65_HS1-834228961_62-HQ-83894_Section_6
Agency: FBI
Page 240
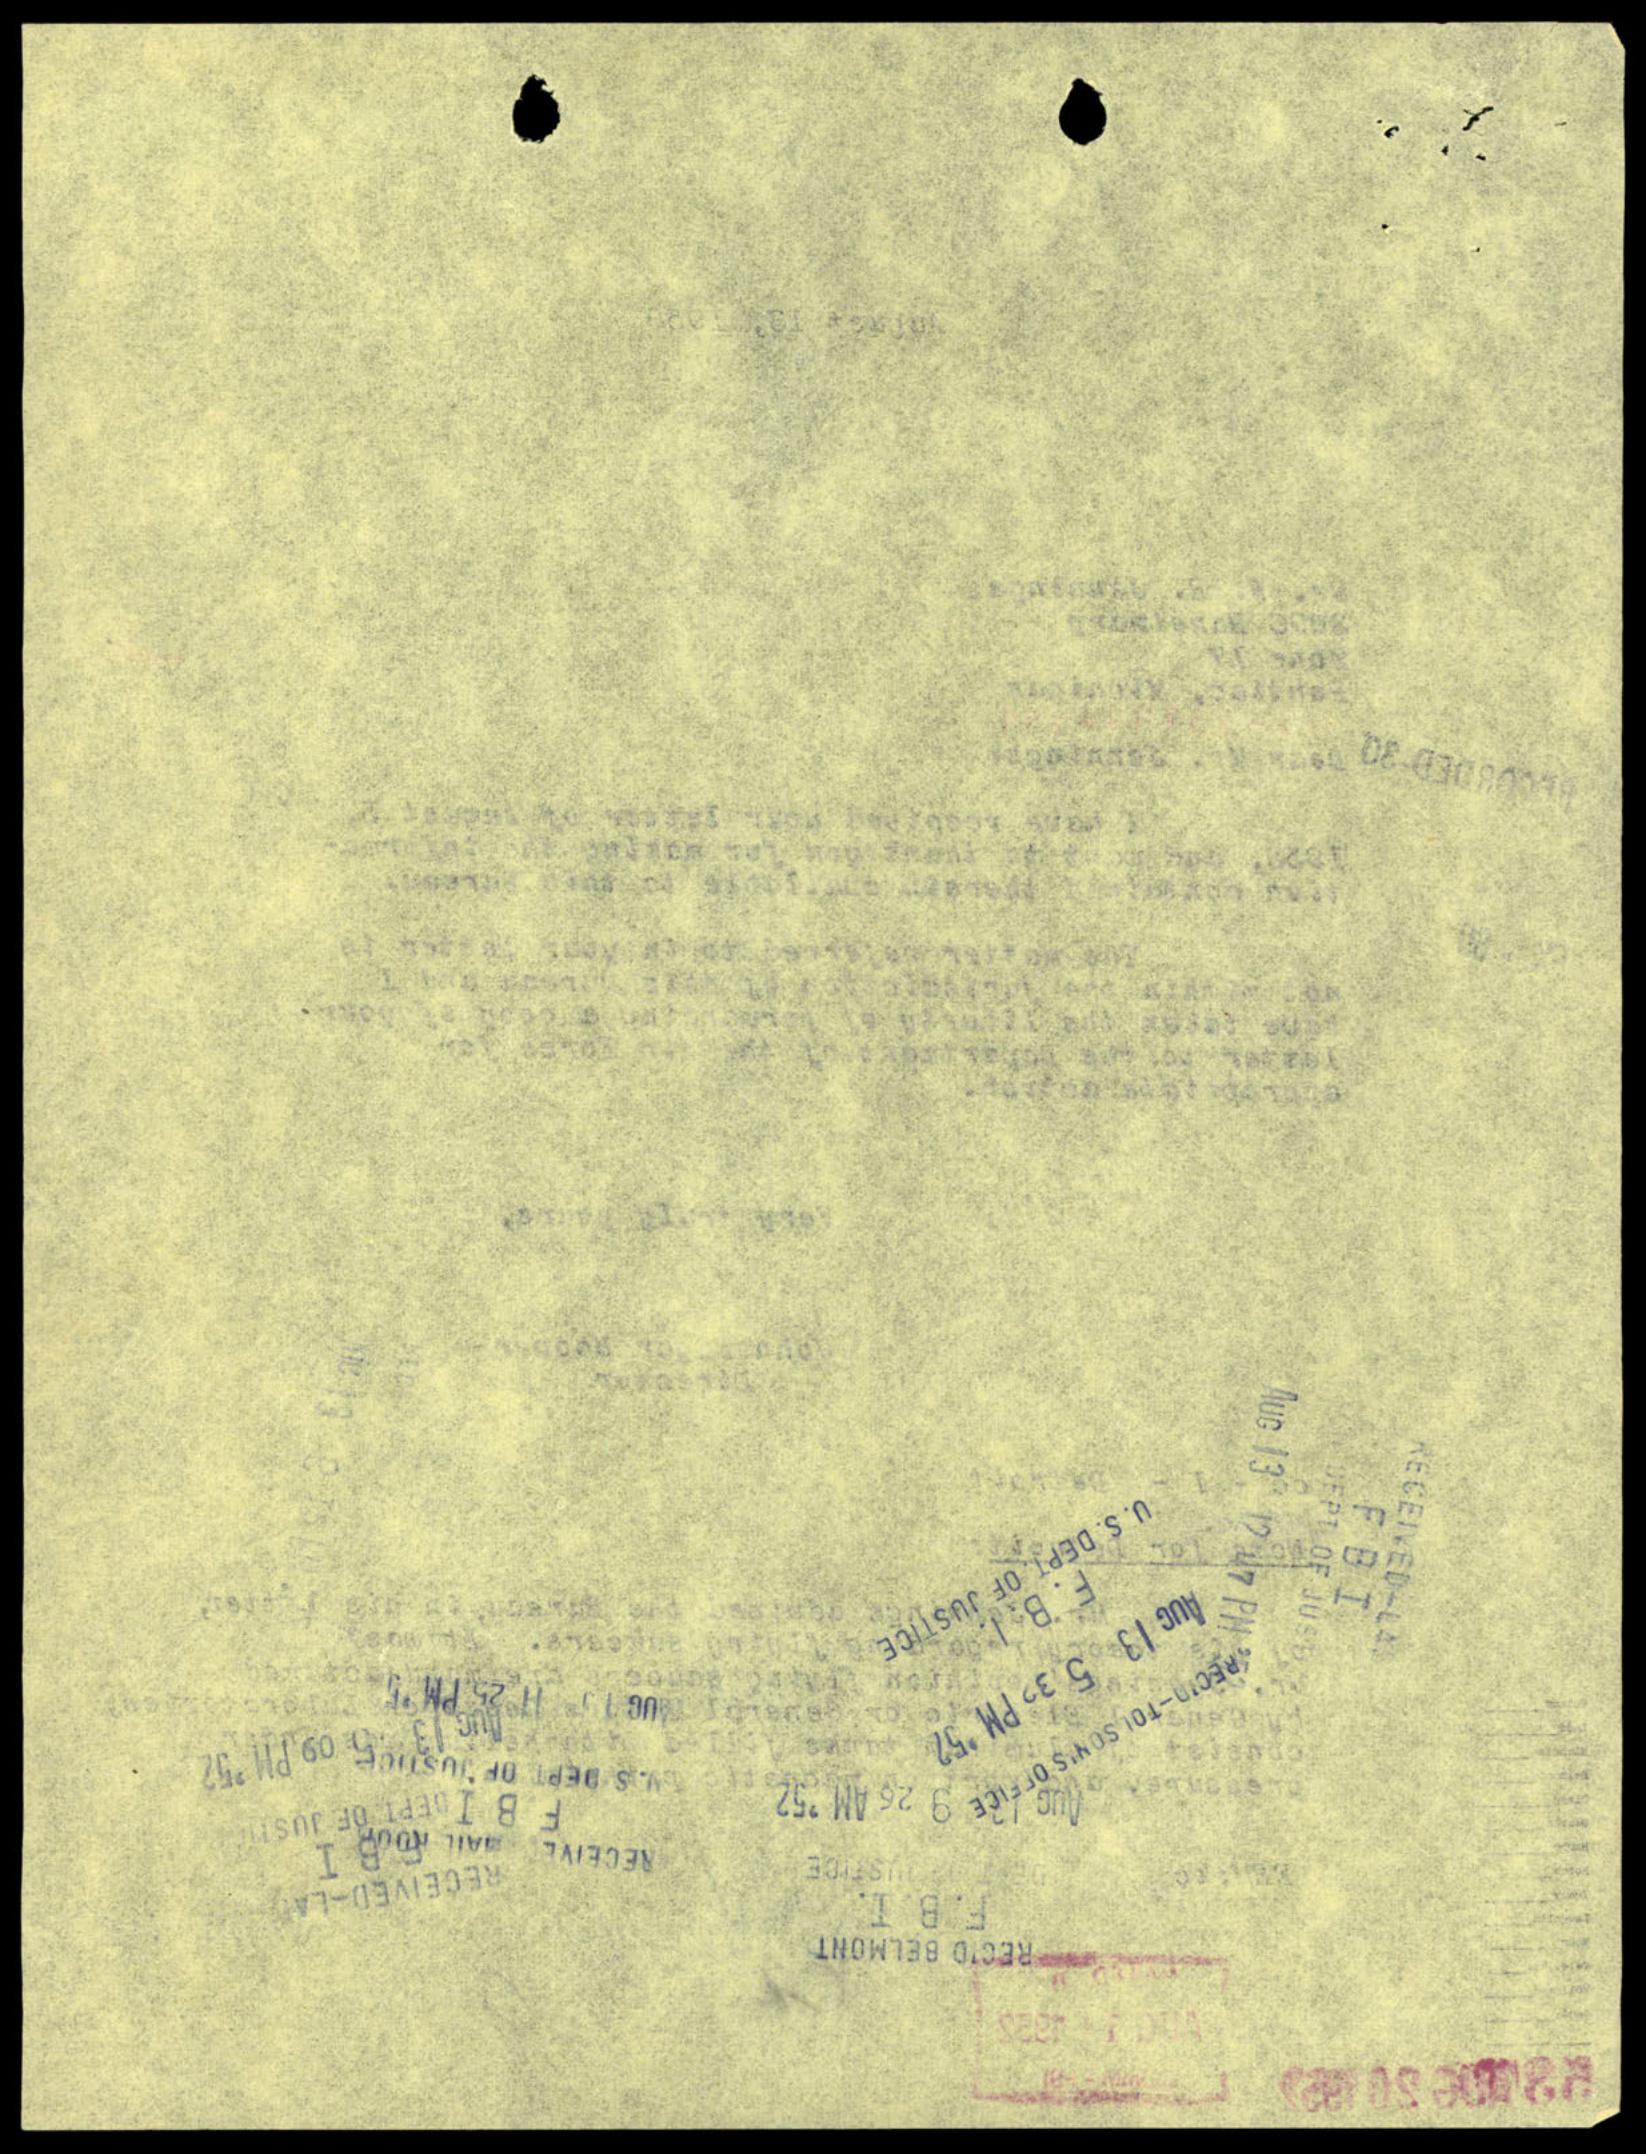